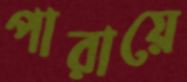
পারায়ে